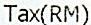
TAX(RM)